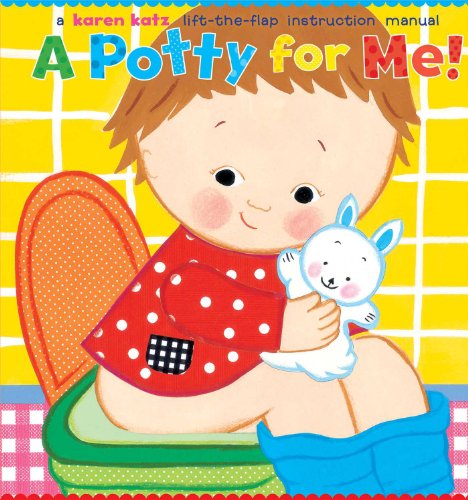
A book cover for A Potty for Me!; Karen Katz; Children's Books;